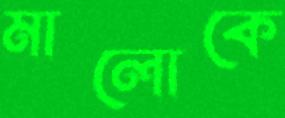
মালোকে